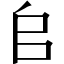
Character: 𠂤